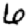
Digit: 6